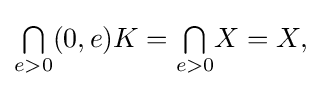
{\textstyle {\textstyle \bigcap \limits _{e>0}}(0,e)K={\textstyle \bigcap \limits _{e>0}}X=X,}